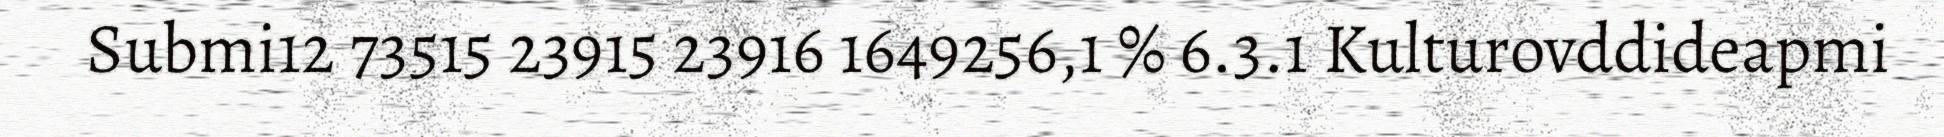
Submi12 73515 23915 23916 1649256,1 % 6.3.1 Kulturovddideapmi